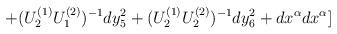
LaTeX: \begin{align*}+(U_2^{(1)}U_1^{(2)})^{-1}dy_5^2+(U_2^{(1)}U_2^{(2)})^{-1}dy_6^2+dx^{\alpha}dx^{\alpha}]\end{align*}